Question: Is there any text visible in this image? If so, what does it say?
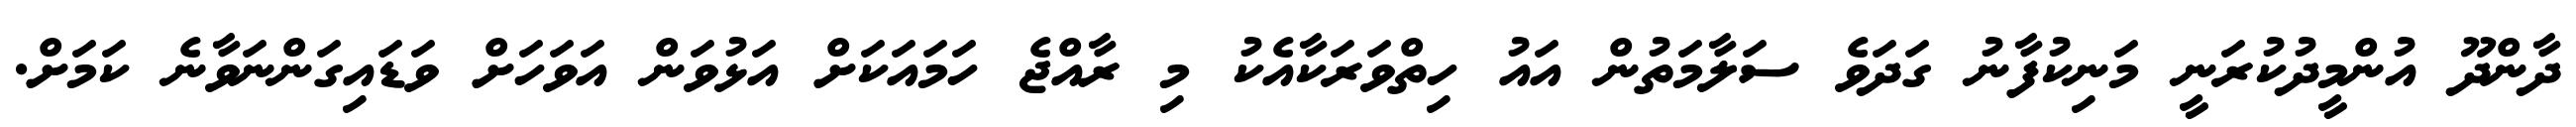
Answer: ދާންދޫ އުންމީދުކުރަނީ މަނިކުފާނު ގަދަވެ ސަލާމަތުން އައު ހިތްވަރަކާއެކު މި ރާއްޖެ ހަމައަކަށް އަޅުވަން އަވަހަށް ވަޑައިގަންނަވާނެ ކަމަށް.